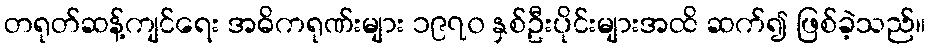
တရုတ်ဆန့်ကျင်ရေး အဓိကရုဏ်းများ ၁၉၇၀ နှစ်ဦးပိုင်းများအထိ ဆက်၍ ဖြစ်ခဲ့သည်။